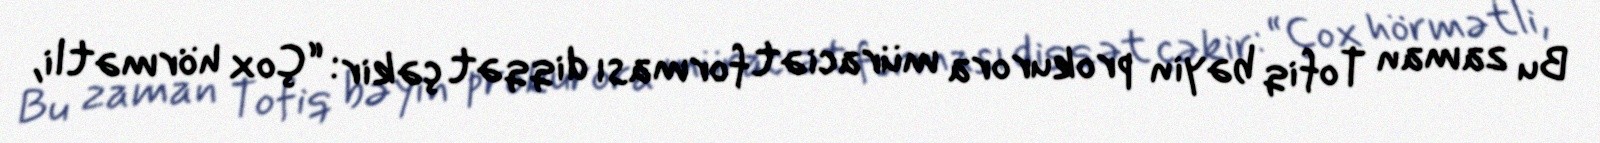
Bu zaman Tofiq bəyin prokurora müraciət forması diqqət çəkir: “Çox hörmətli,